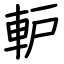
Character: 䡎